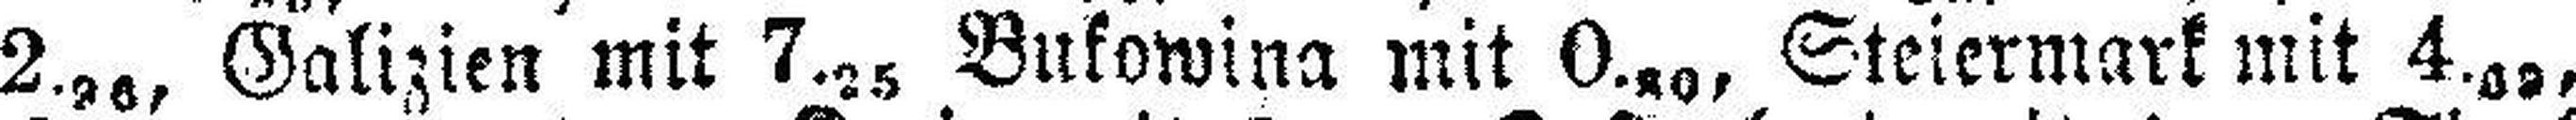
2.26, Galizien mit 7.25 Bukowina mit 0.80, Steiermark mit 4.02,